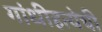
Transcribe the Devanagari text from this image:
गांधीहत्येची